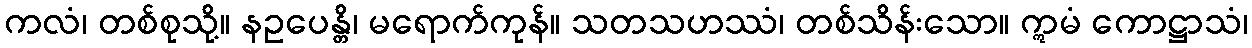
ကလံ၊ တစ်စုသို့။ နဥပေန္တိ၊ မရောက်ကုန်။ သတသဟဿံ၊ တစ်သိန်းသော။ ဣမံ ကောဋ္ဌာသံ၊